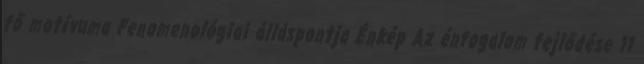
fő motívuma Fenomenológiai álláspontja Énkép Az énfogalom fejlődése 11